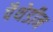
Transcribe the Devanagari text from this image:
पैथेडीन